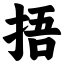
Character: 捂